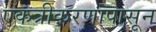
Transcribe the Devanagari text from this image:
एकत्रीकरणापासून